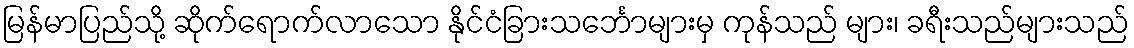
မြန်မာပြည်သို့ ဆိုက်ရောက်လာသော နိုင်ငံခြားသင်္ဘောများမှ ကုန်သည် များ၊ ခရီးသည်များသည်